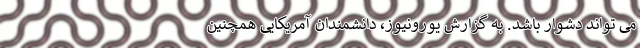
می تواند دشوار باشد. به گزارش یورونیوز، دانشمندان آمریکایی همچنین